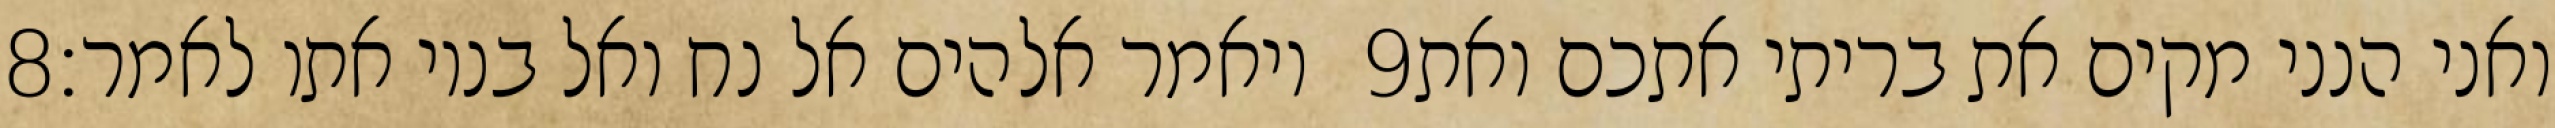
‎8‏ ויאמר אלהים אל נח ואל בניו אתו לאמר׃ ‎9‏ ואני הנני מקים את בריתי אתכם ואת